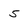
Character: 5